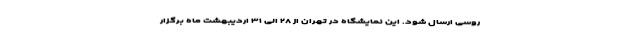
روسی ارسال شود. این نمایشگاه در تهران از ۲۸ الی ۳۱ اردیبهشت ماه برگزار